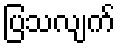
ပြသလျက်